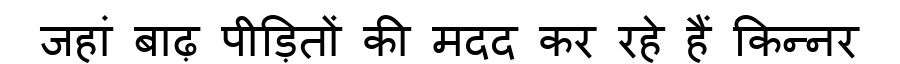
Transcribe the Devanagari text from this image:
जहां बाढ़ पीड़ितों की मदद कर रहे हैं किन्नर